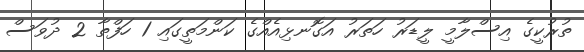
ތުރުކީގެ އިސްލާމީ ލީޑަރު ހަތަރު އަގޮނޅިއެއްގެ ކަންމަތީގައި 1 ހަފްތާ 2 ދުވަސް